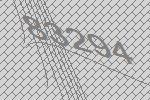
83294